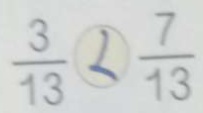
\frac { 3 } { 1 3 } \textcircled { < } \frac { 7 } { 1 3 }